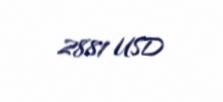
2881 USD